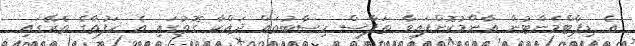
އެ ޑިޕާޓްމެންޓުން އާންމުކޮށްފައިވާ ތަފާސް ހިސާބުތައް ދައްކާ ގޮތުގައި އެ ހަފުތާގެ ތެރޭގައި